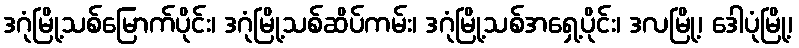
ဒဂုံမြို့သစ်မြောက်ပိုင်း၊ ဒဂုံမြို့သစ်ဆိပ်ကမ်း၊ ဒဂုံမြို့သစ်အရှေ့ပိုင်း၊ ဒလမြို့၊ ဒေါပုံမြို့၊